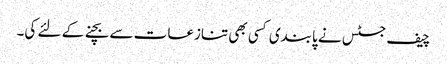
چیف جسٹس نے پابندی کسی بھی تنازعات سے بچنے کے لئے کی۔